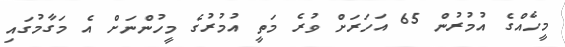
މީހެއްގެ އުމުރުން 65 އަހަރަށް ވުރެ މަތީ އުމުރުގެ މީހުންނަށް އެ މަގާމުގައި